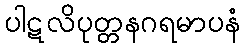
ပါဋလိပုတ္တနဂရမာပနံ